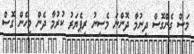
މަސް ގެންގޮސް ދިނުމާ ދޮންނަ މެސިނު ރިޕެޔަރު ކުރުމާ ދެން މިހެން ގޮސް